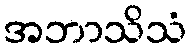
အဘာသိသံ